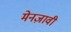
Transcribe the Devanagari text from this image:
मेनज़ावी